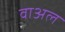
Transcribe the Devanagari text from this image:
वाअल